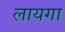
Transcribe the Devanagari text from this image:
लायगा